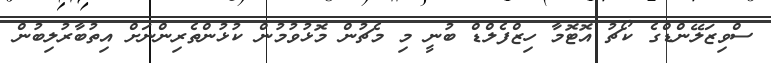
ސްވިޒަލޭންޑްގެ ކޯޗު އޮޓޮމާ ހިޒްފެލްޑް ބުނީ މި މެޗުން މޮޅުވުމުން ކުޅުންތެރިންނަށް އިތުބާރުލިބުން